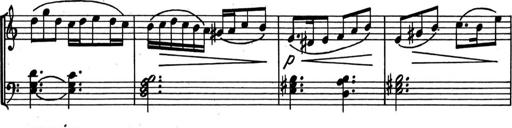
Title: Kleine Sonate
Composer: Raoul Koczalski
Key: C major